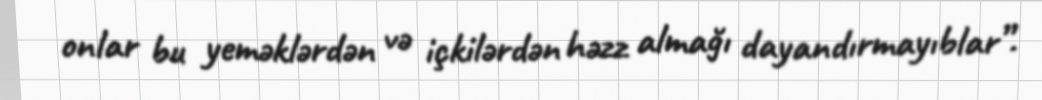
onlar bu yeməklərdən və içkilərdən həzz almağı dayandırmayıblar”.